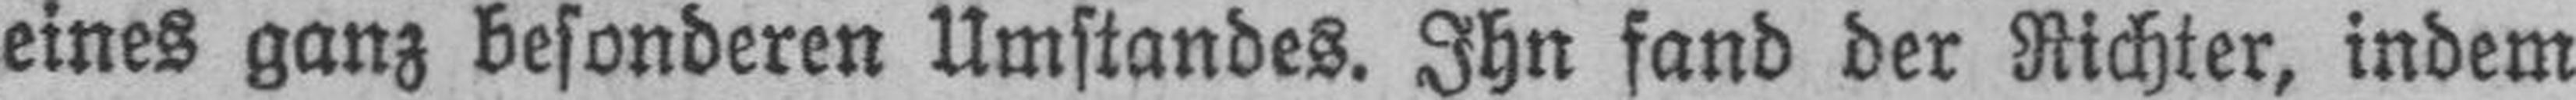
eines ganz besonderen Umstandes. Ihn fand der Richter, indem